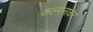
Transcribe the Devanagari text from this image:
कल्पनाकर